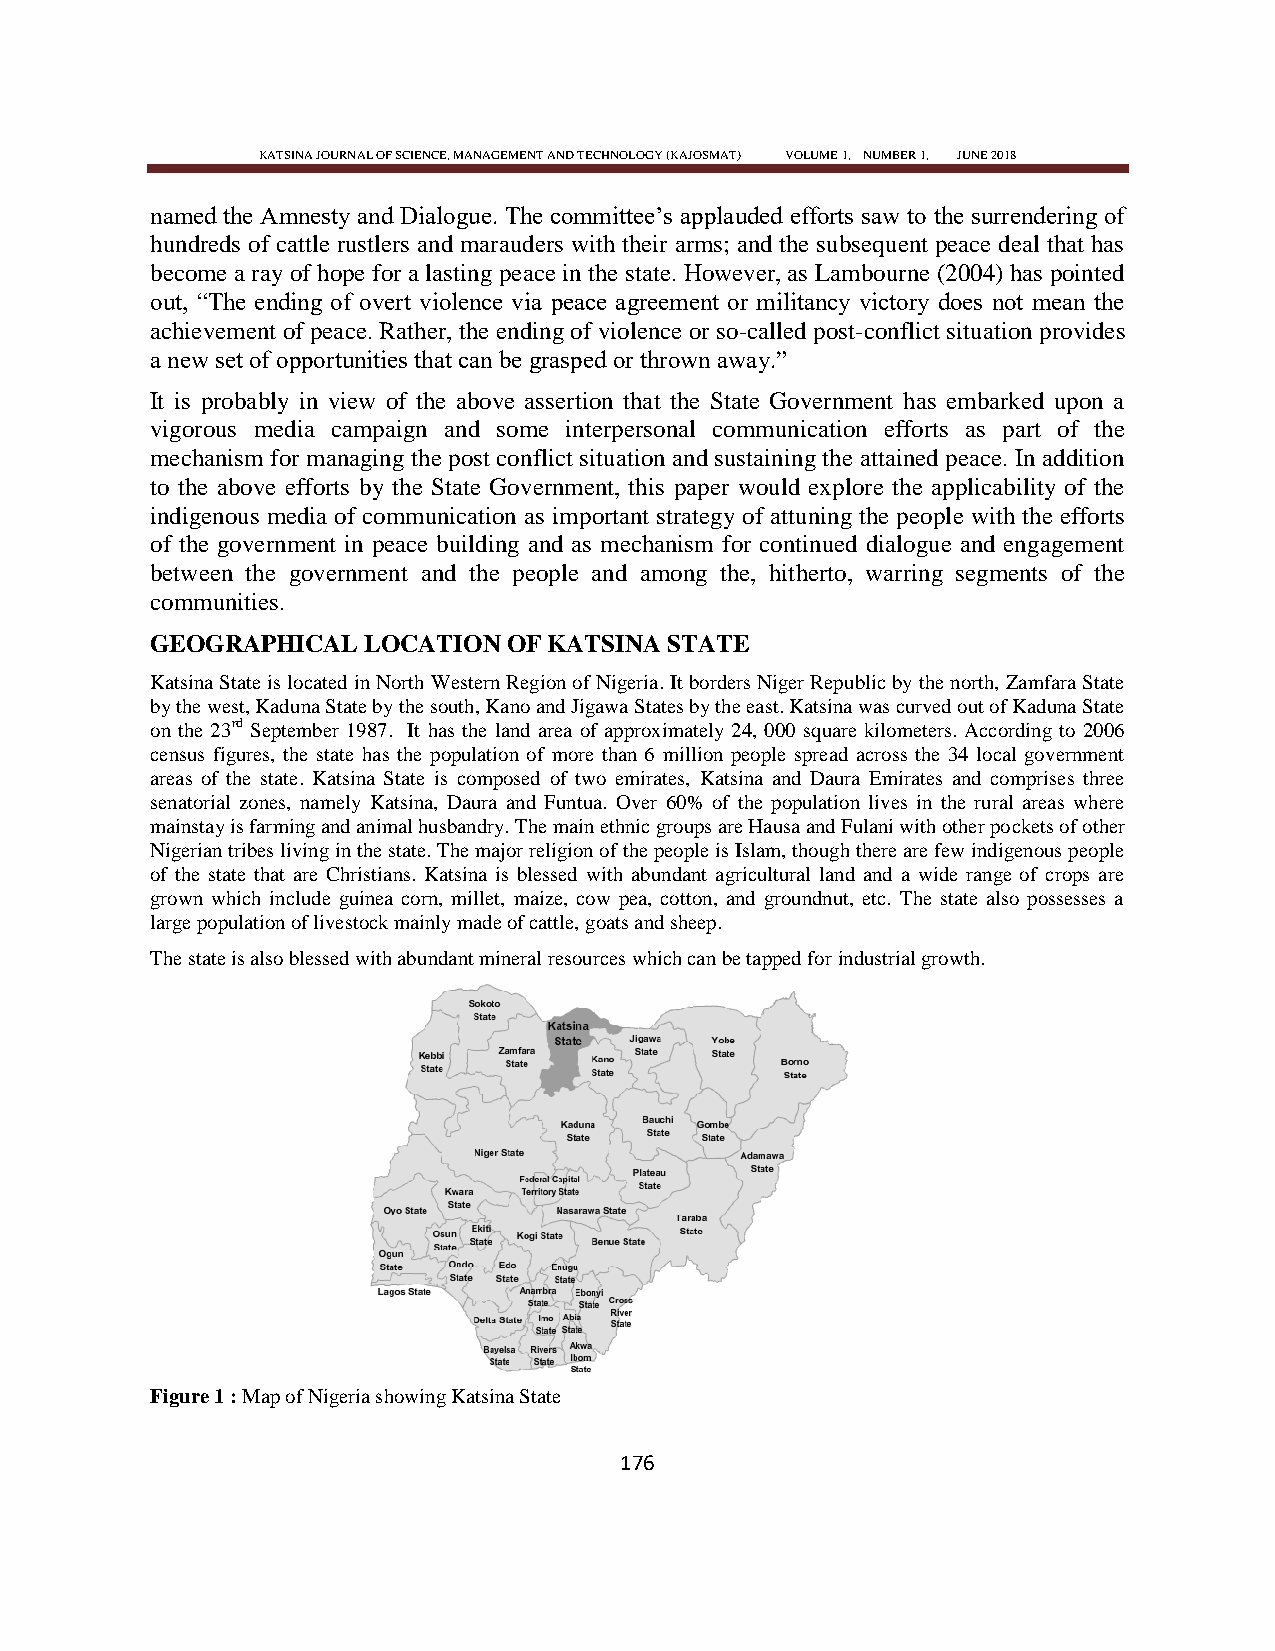
KATSINA JOURNAL OF SCIENCE, MANAGEMENT AND TECHNOLOGY (KAJOSMAT) VOLUME 1, NUMBER 1, JUNE 2018
 named the Amnesty and Dialogue. The committee‘s applauded efforts saw to the surrendering of
 hundreds of cattle rustlers and marauders with their arms; and the subsequent peace deal that has
 become a ray of hope for a lasting peace in the state. However, as Lambourne (2004) has pointed
 out, ―The ending of overt violence via peace agreement or militancy victory does not mean the
 achievement of peace. Rather, the ending of violence or so-called post-conflict situation provides
 a new set of opportunities that can be grasped or thrown away.‖
 It is probably in view of the above assertion that the State Government has embarked upon a
 vigorous media campaign and some interpersonal communication efforts as part of the
 mechanism for managing the post conflict situation and sustaining the attained peace. In addition
 to the above efforts by the State Government, this paper would explore the applicability of the
 indigenous media of communication as important strategy of attuning the people with the efforts
 of the government in peace building and as mechanism for continued dialogue and engagement
 between the government and the people and among the, hitherto, warring segments of the
 communities.
 GEOGRAPHICAL  LOCATION  OF KATSINA STATE
 Katsina State is located in North Western Region of Nigeria. It borders Niger Republic by the north, Zamfara State
 by the west, Kaduna State by the south, Kano and Jigawa States by the east. Katsina was curved out of Kaduna State
 on the 23rd September 1987. It has the land area of approximately 24, 000 square kilometers. According to 2006
 census figures, the state has the population of more than 6 million people spread across the 34 local government
 areas of the state. Katsina State is composed of two emirates, Katsina and Daura Emirates and comprises three
 senatorial zones, namely Katsina, Daura and Funtua. Over 60% of the population lives in the rural areas where
 mainstay is farming and animal husbandry. The main ethnic groups are Hausa and Fulani with other pockets of other
 Nigerian tribes living in the state. The major religion of the people is Islam, though there are few indigenous people
 of the state that are Christians. Katsina is blessed with abundant agricultural land and a wide range of crops are
 grown which include guinea corn, millet, maize, cow pea, cotton, and groundnut, etc. The state also possesses a
 large population of livestock mainly made of cattle, goats and sheep.
 The state is also blessed with abundant mineral resources which can be tapped for industrial growth.
 Figure 1 : Map of Nigeria showing Katsina State
 176